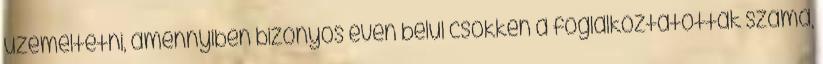
üzemeltetni, amennyiben bizonyos éven belül csökken a foglalkoztatottak száma,